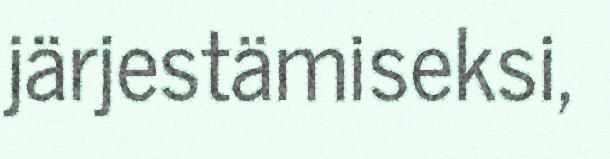
järjestämiseksi,